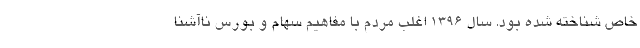
خاص شناخته‌ شده بود. سال ۱۳۹۶ اغلب مردم با مفاهیم سهام و بورس ناآشنا